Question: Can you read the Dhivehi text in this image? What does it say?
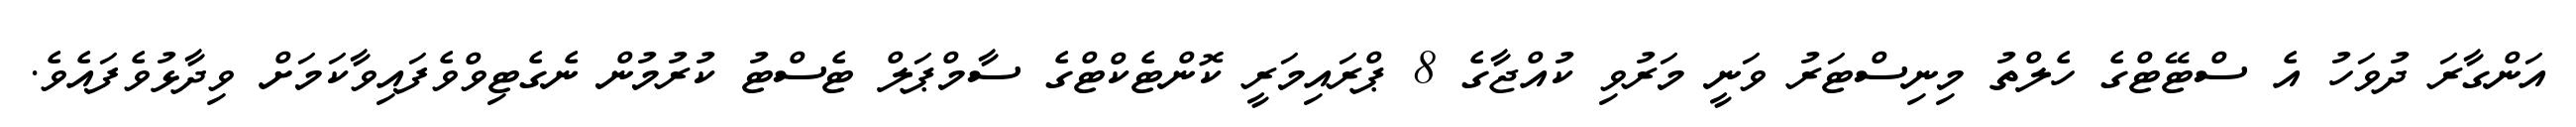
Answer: އަންގާރަ ދުވަހު އެ ސްޓޭޓްގެ ހެލްތު މިނިސްޓަރު ވަނީ މަރުވި ކުއްޖާގެ 8 ޕްރައިމަރީ ކޮންޓެކްޓްގެ ސާމްޕަލް ޓެސްޓު ކުރުމުން ނެގެޓިވްވެފައިވާކަމަށް ވިދާޅުވެފައެވެ.